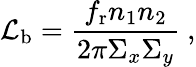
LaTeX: {\mathcal L}_{\mathrm b}=\frac{f_{\mathrm r}n_{1}n_{2}}{{2\pi\Sigma_{x}\Sigma_{y}}}~,